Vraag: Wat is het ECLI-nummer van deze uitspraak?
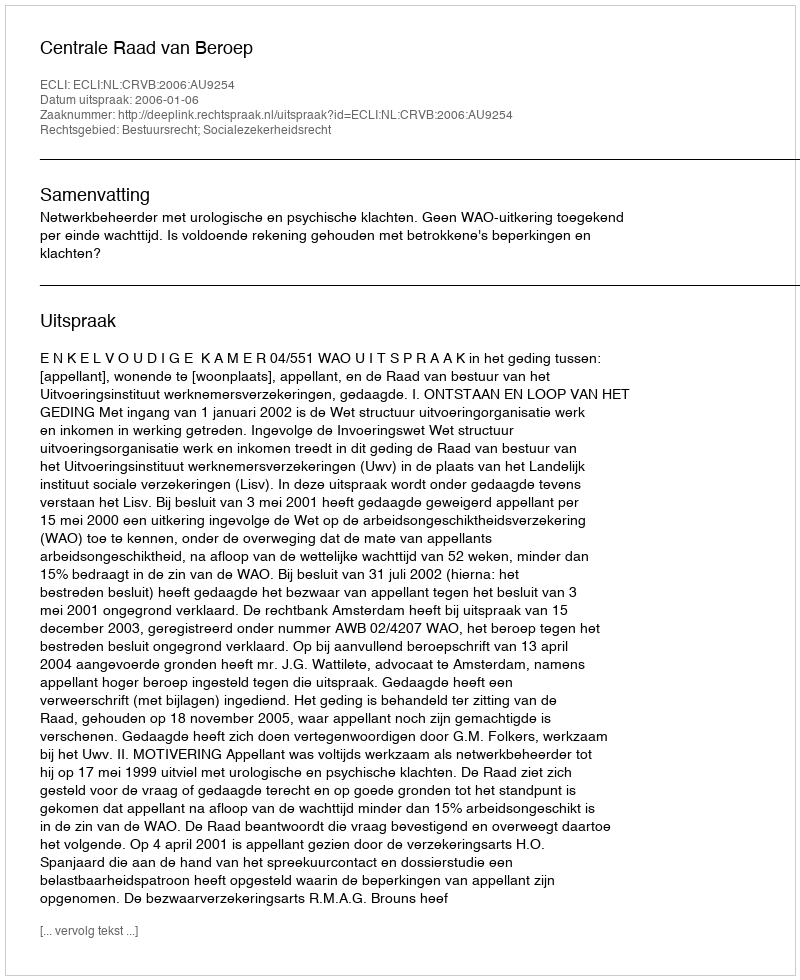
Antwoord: ECLI:NL:CRVB:2006:AU9254